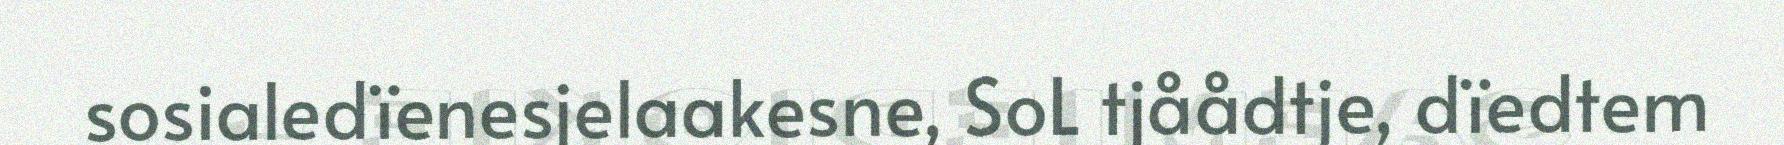
sosialedïenesjelaakesne, SoL tjåådtje, dïedtem